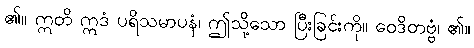
၏။ ဣတိ ဣဒံ ပရိသမာပနံ၊ ဤသို့သော ပြီးခြင်းကို။ ဝေဒိတဗ္ဗံ၊ ၏။